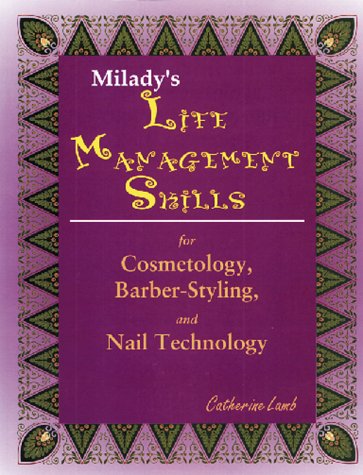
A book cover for Life Management Skills for Cosmetology, Barber-Styling, and Nail Technology; Catherine Lamb; Health, Fitness & Dieting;